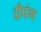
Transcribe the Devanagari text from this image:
दीपंग